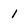
Character: 1